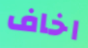
اخاف